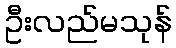
ဦးလည်မသုန်